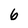
Character: 6